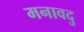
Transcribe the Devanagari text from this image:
मनावदु